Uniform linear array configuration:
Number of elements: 32
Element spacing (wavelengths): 0.75
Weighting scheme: cosine
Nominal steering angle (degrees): -60
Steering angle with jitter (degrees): -59.049
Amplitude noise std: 0.05
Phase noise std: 0.05

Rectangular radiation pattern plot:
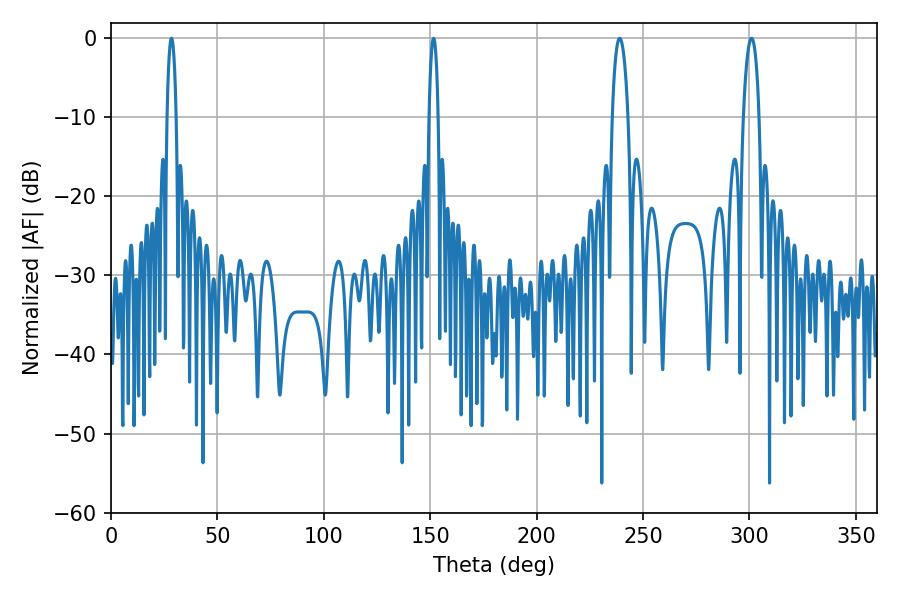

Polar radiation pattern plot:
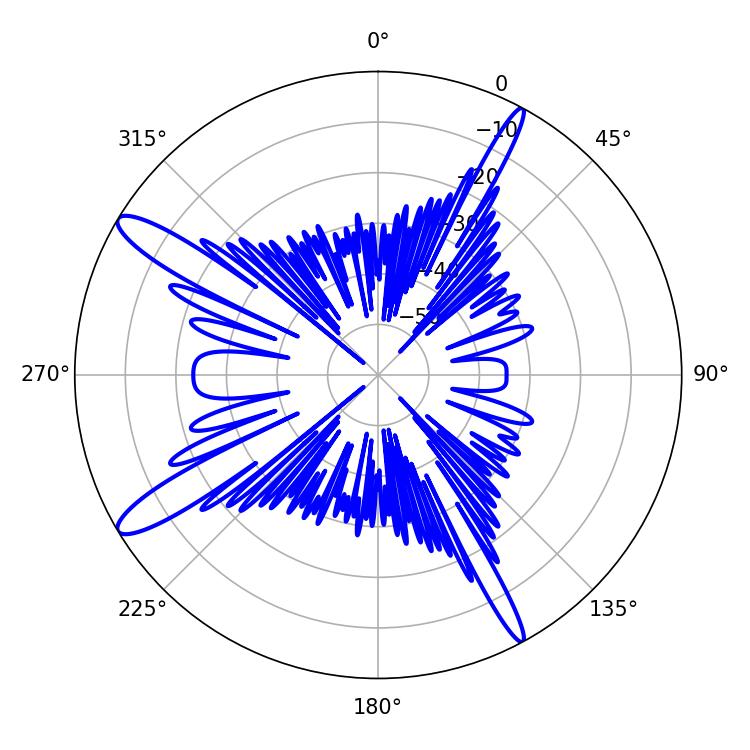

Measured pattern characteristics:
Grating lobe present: TRUE
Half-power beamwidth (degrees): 4.14
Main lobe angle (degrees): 239.04